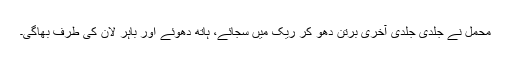
محمل نے جلدی جلدی آخری برتن دھو کر ریک میں سجائے، ہاتھ دھوئے اور باہر لان کی طرف بھاگی۔